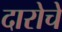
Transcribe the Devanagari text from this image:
दारोचे